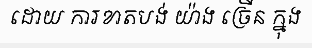
ដោយ ការខាតបង់ យ៉ាង ច្រើន ក្នុង